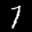
Label: 7